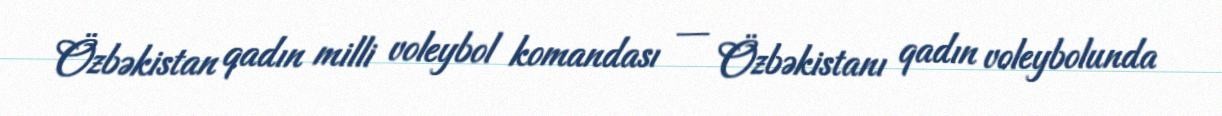
Özbəkistan qadın milli voleybol komandası — Özbəkistanı qadın voleybolunda